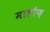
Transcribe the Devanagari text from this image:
मालौफ़